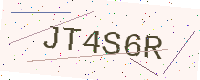
Text: JT4S6R